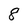
Character: 8